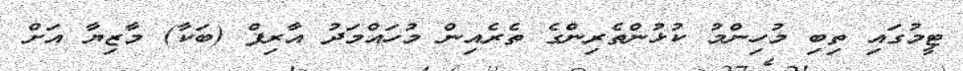
ޓީމުގައި ތިބި މުހިންމު ކުޅުންތެރިންގެ ތެރެއިން މުހައްމަދު އާރިފް (ބަކާ) މާޒިޔާ އަށް